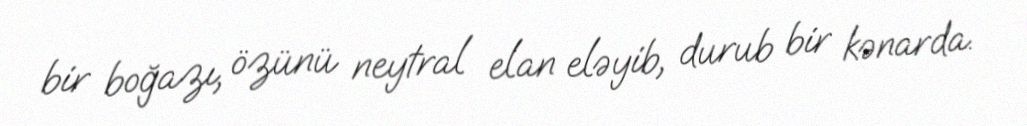
bir boğazı, özünü neytral elan eləyib, durub bir kənarda.